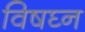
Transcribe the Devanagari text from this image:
विषघ्न